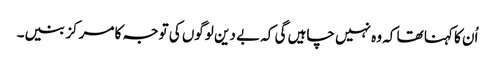
اُن کا کہنا تھا کہ وہ نہیں چاہیں گی کہ بے دین لوگوں کی توجہ کا مرکز بنیں۔